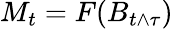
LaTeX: M_{t}=F(B_{t\wedge\tau})